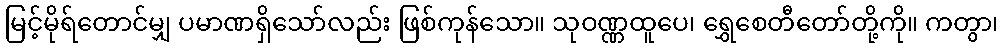
မြင့်မိုရ်တောင်မျှ ပမာဏရှိသော်လည်း ဖြစ်ကုန်သော။ သုဝဏ္ဏထူပေ၊ ရွှေစေတီတော်တို့ကို။ ကတွာ၊